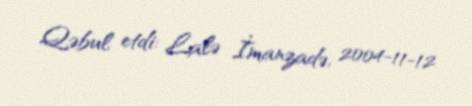
Qəbul etdi: Lalə İmanzadə, 2004-11-12